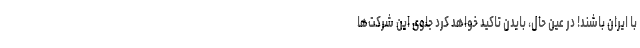
با ایران باشند! در عین حال، بایدن تاکید خواهد کرد جلوی این شرکت‌ها